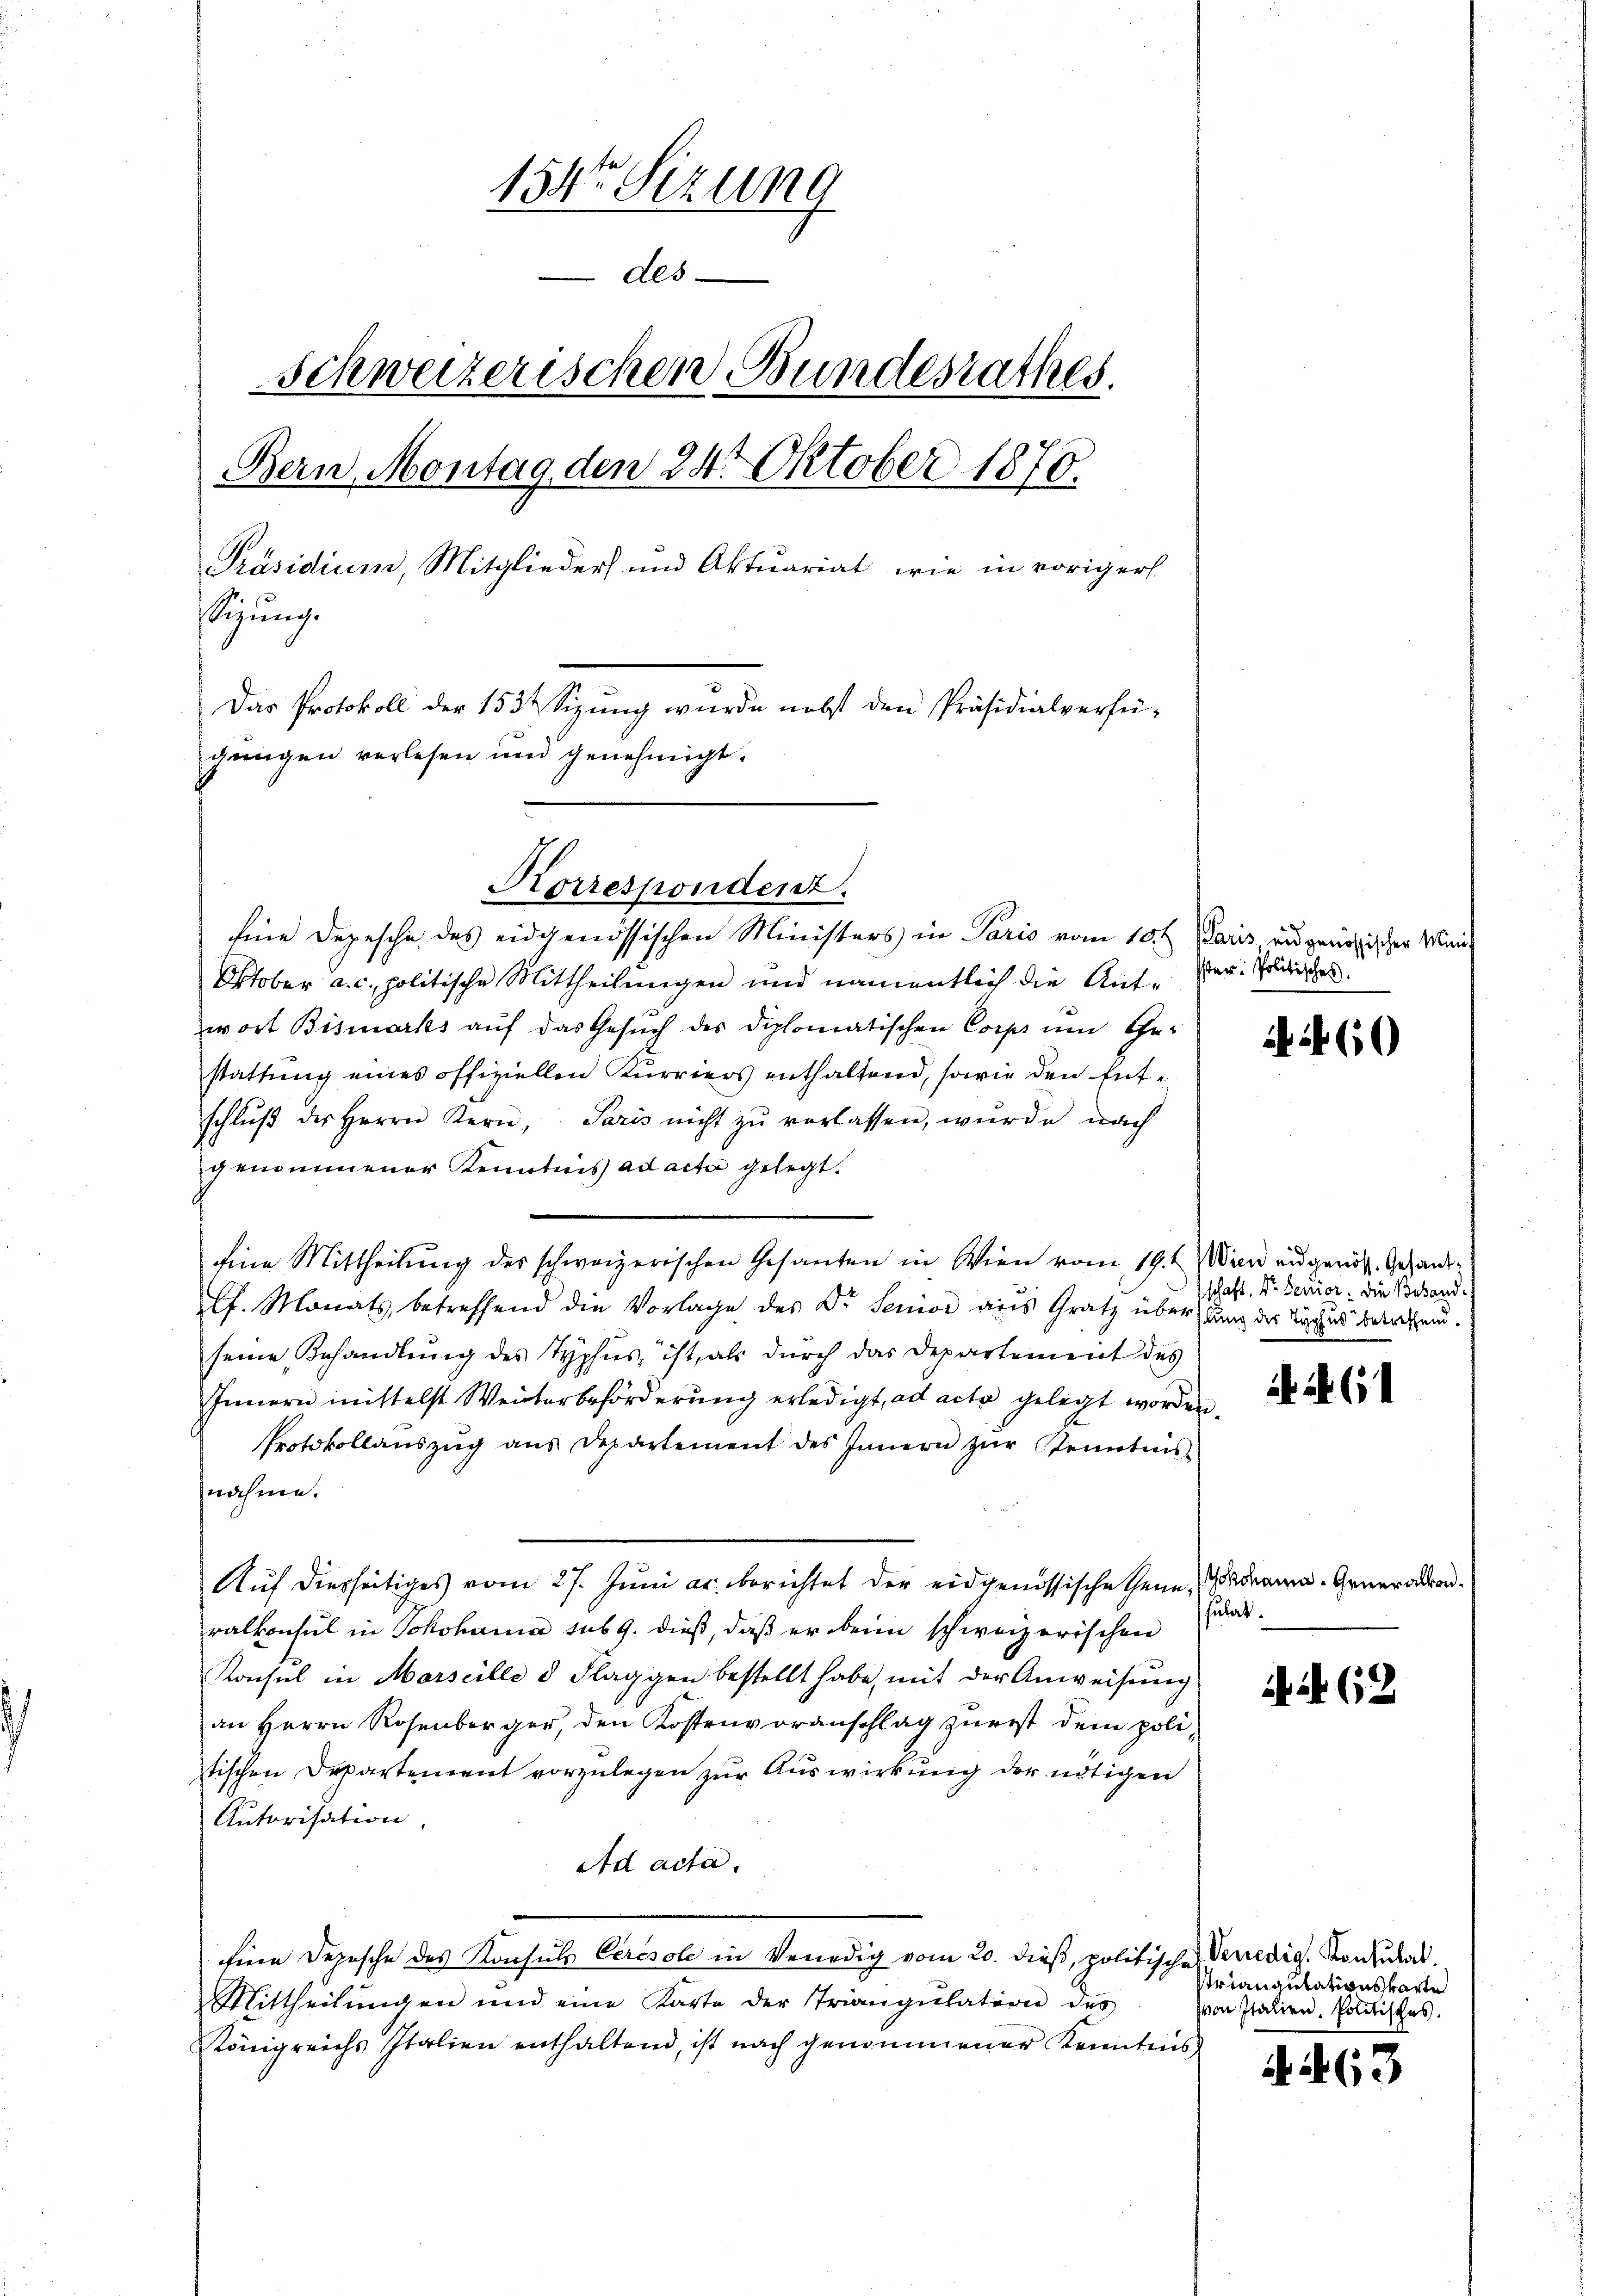
154ten Sizung
des
Schweizerischen Bundesrathes.
Bern, Montag den 24. Oktober 1870.
Präsidium, Mitglieders und Aktuariat, wie in voriger
Sigung.
Das Protokoll der 1534 Sizung wurde nebst den Präsidialverfügangen verlesen und genehmigt.

Korrespondent.

Eine Depesche des eidgenössischen Ministers in Paris vom 10.ten Paris eidgenößischer Mini¬
Oktober a. c. politische Mittheilungen und namentlich die Ant. Ver- Politisches.
wort Bismarks auf das Gesuch des diplomatischen Corps um Ge-
stattung eines offiziellen Kurriers enthaltend, sowie den Entschlŭβ des Herrn Kern, Paris nicht zŭ verlassen, wurde nach
genommener Kenntnis ad acta gelegt.
Eine Mittheilŭng des schweizerischen Gesandten in Wien vom 19. Wien angenös. Gesandtlh. Monats betreffend die Vorlage des Dr. Senior aus Gratz überdung der Siches betreffend.
seine Behandlung des Typhus, ist, als durch das Departement des
Innern mittelst Weiterbeförderung erledigt, ad acta gelegt worden.
Protokollanszŭg aŭs Departement des Innern zŭr Kenntnis-
nähmen.
Auf diesseitiges vom 27. Juni ac. berichtet der eidgenössische Gener dann Generalkonralkonsul in Jokohama sub 9. dieß, daß er beim schweizerischen
Konsul in Marseille d Flaggen bestellt habe, mit der Anweisung
an Herrn Rosenberger, den Kostenvoranschlag zurist dem politischen Departement vorzulegen zur Auswirkung der nötigen
Autorisation.
Ad acta.
fnen Depesche des Konsuls Ceresole in Venedig vom 20. dieβ, politisches Venedig. Konsulat
Mittheilŭngen und eine Karte der Triangŭlation des
Königreichs Italien enthaltend, ist nach genommener Kenntnis

N 60

schaft. Dr. Senior, die Behand¬

i. a. 1

sutat.

ihil (12

Uriangulationskarte
von Italien. Politisches.

A 463